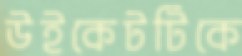
উইকেটটিকে